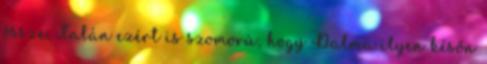
össze. Talán ezért is szomorú, hogy Dalma ilyen későn